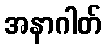
အနာဂါတ်